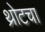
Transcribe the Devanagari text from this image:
थ्रोटचा